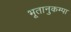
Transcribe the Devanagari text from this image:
भूतानुकम्पा